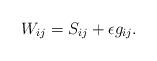
LaTeX: \begin{align*}W_{ij} = S_{ij} + \epsilon g_{ij}.\end{align*}